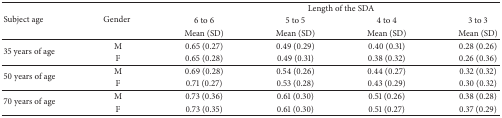
<table><thead><tr><td rowspan="3"><b>Subject age</b></td><td rowspan="3"><b>Gender </b></td><td colspan="4"><b>Length of the SDA </b></td></tr><tr><td><b>6 to 6</b></td><td><b>5 to 5</b></td><td><b>4 to 4</b></td><td><b>3 to 3</b></td></tr><tr><td><b>Mean (SD)</b></td><td><b>Mean (SD)</b></td><td><b>Mean (SD)</b></td><td><b>Mean (SD)</b></td></tr></thead><tbody><tr><td rowspan="2">35 years of age</td><td>M</td><td>0.65 (0.27)</td><td>0.49 (0.29)</td><td>0.40 (0.31)</td><td>0.28 (0.26)</td></tr><tr><td>F</td><td>0.65 (0.28)</td><td>0.49 (0.31)</td><td>0.38 (0.32)</td><td>0.26 (0.36)</td></tr><tr><td rowspan="2">50 years of age</td><td>M</td><td>0.69 (0.28)</td><td>0.54 (0.26)</td><td>0.44 (0.27)</td><td>0.32 (0.32)</td></tr><tr><td>F</td><td>0.71 (0.27)</td><td>0.53 (0.28)</td><td>0.43 (0.29)</td><td>0.30 (0.32)</td></tr><tr><td rowspan="2">70 years of age</td><td>M</td><td>0.73 (0.36)</td><td>0.61 (0.30)</td><td>0.51 (0.26)</td><td>0.38 (0.28)</td></tr><tr><td>F</td><td>0.73 (0.35)</td><td>0.61 (0.30)</td><td>0.51 (0.27)</td><td>0.37 (0.29)</td></tr></tbody></table>